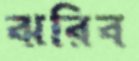
ঝরিব